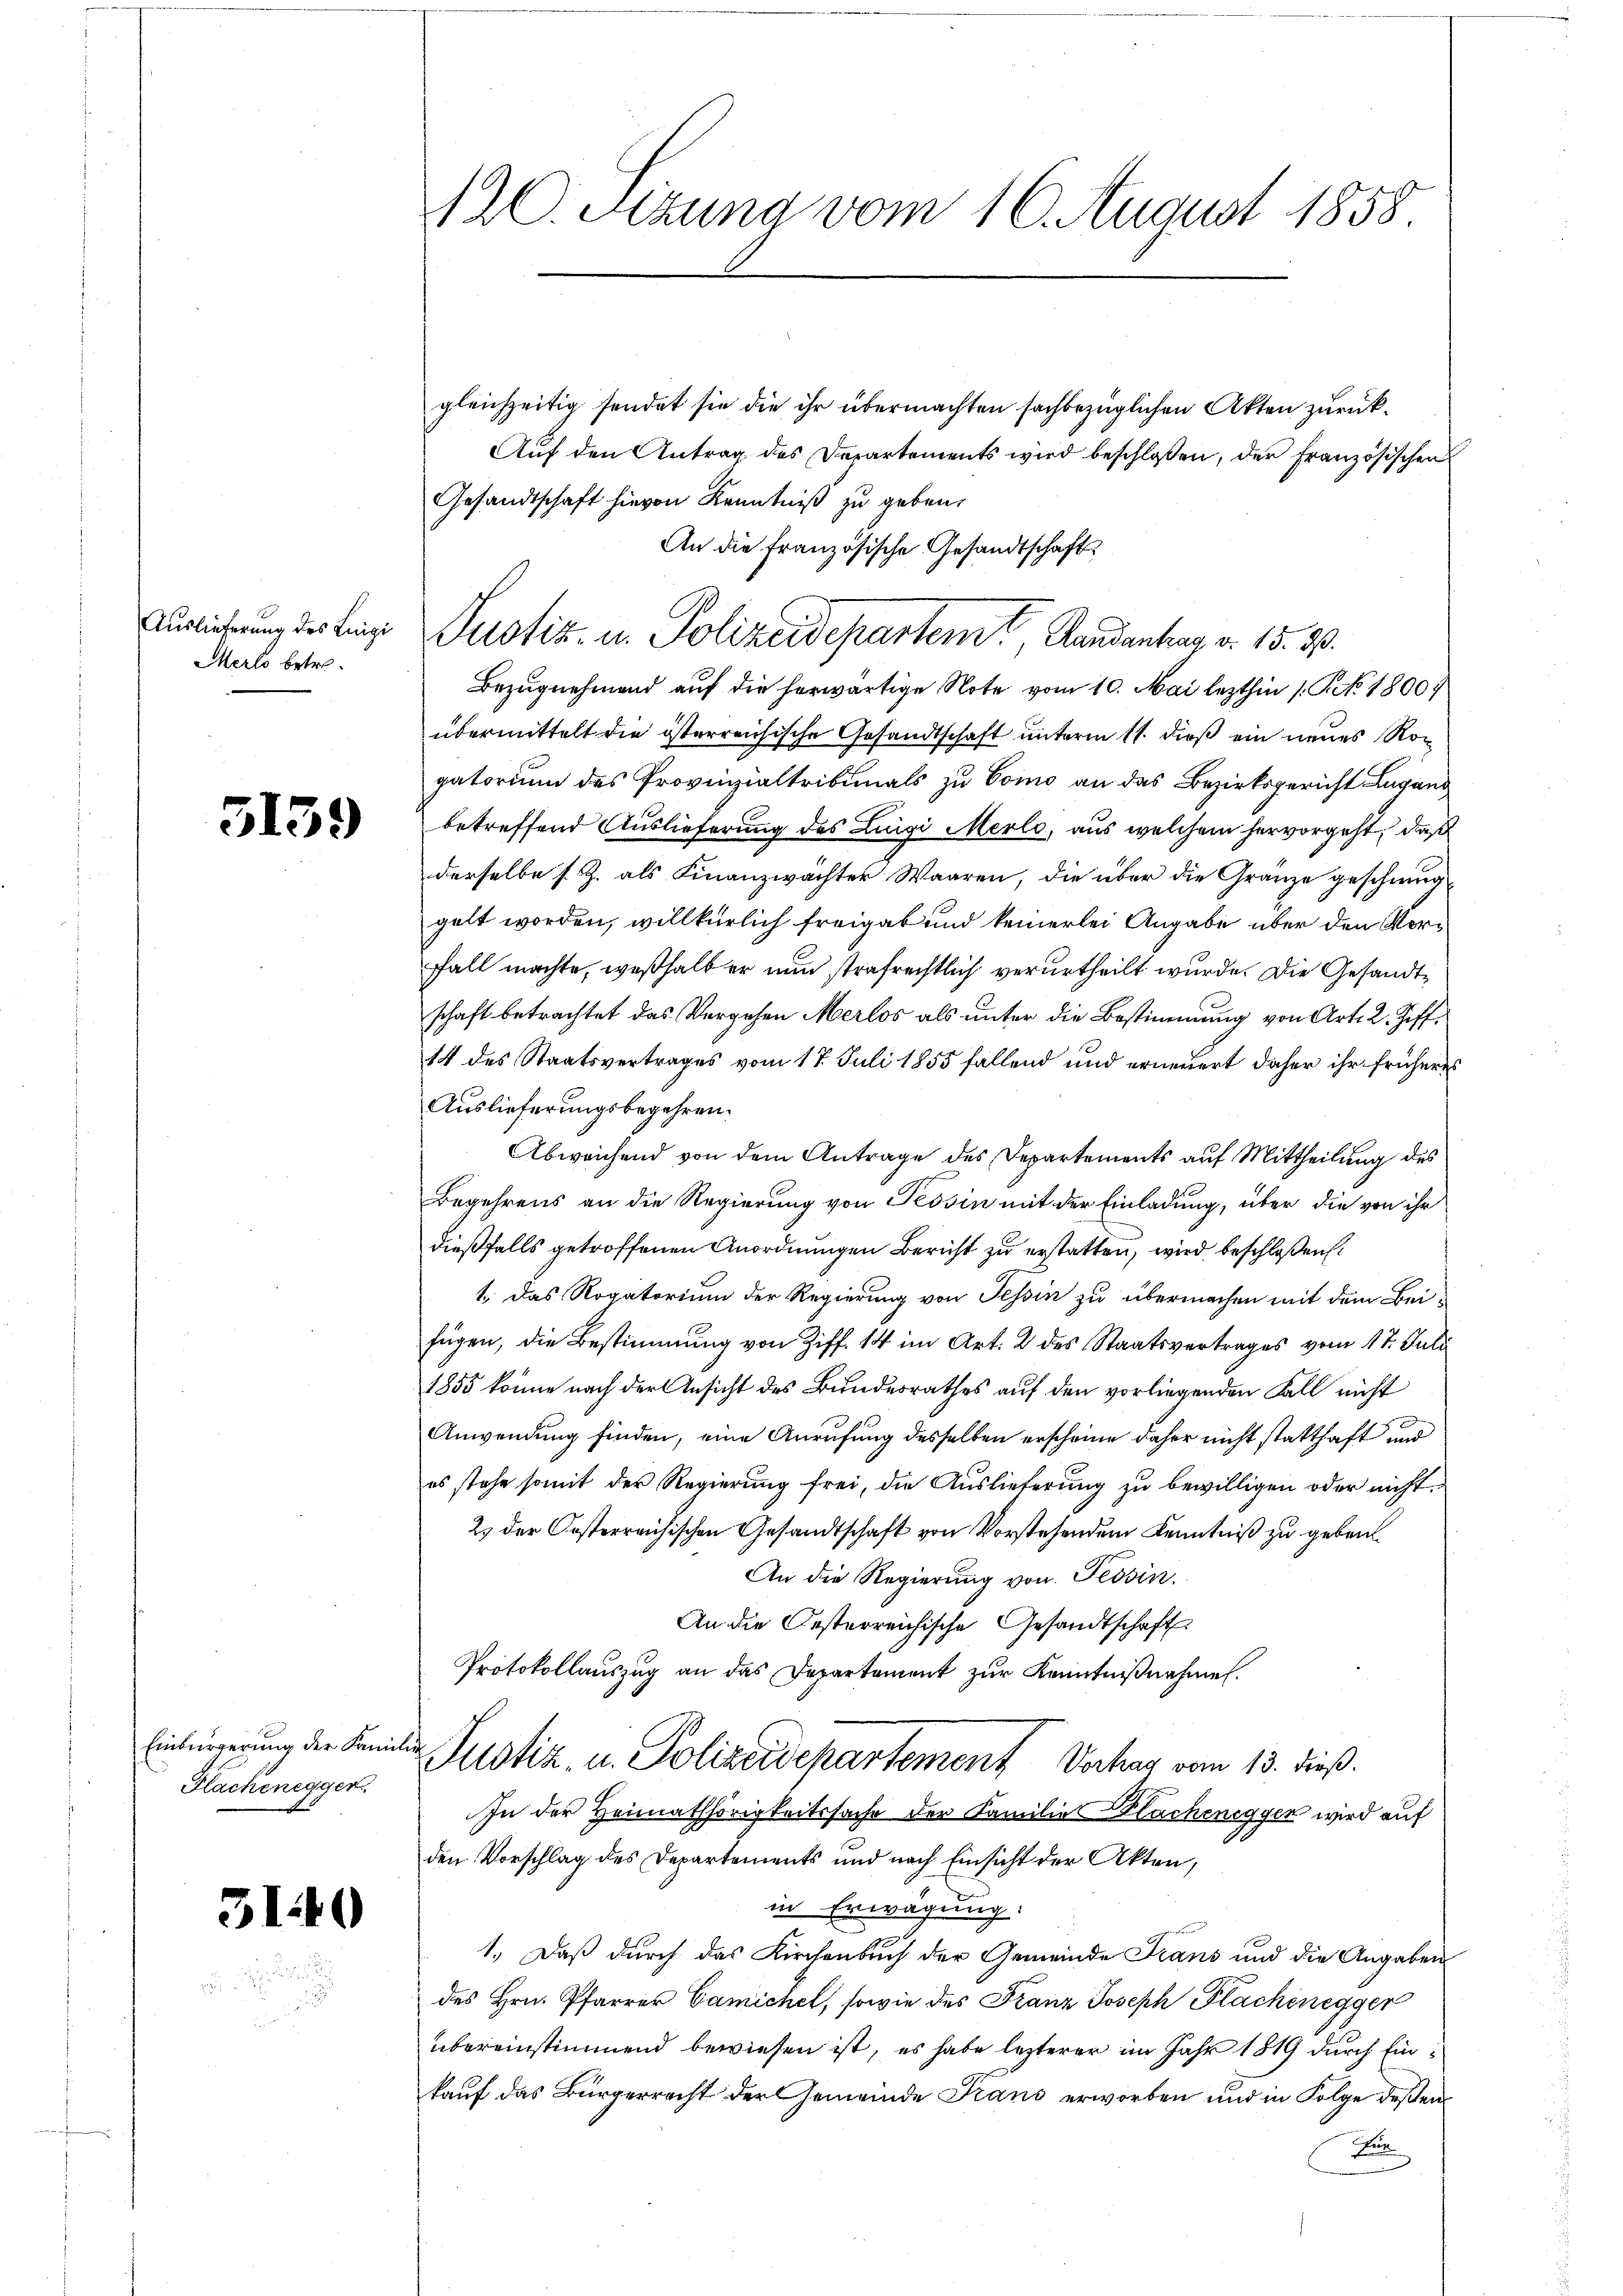
Merlo betre¬

3139

Einbürgerung der Kami
Flachenegger

3149

AC. Sitzung vom 16. August 1858

gleichzeitig sendet sie die ihr übermachten sachbezüglichen Akten zurück¬
Aŭf den Antrag des Departements wird beschlossen, der französischen
Gesandtschaft hievon Kenntniß zu geben.
An die französische Gesandtschaft
Bezugnehmend auf die herwärtige Note vom 10. Mai lezthin 1. No 1800
übermittelt die österreichische Gesandtschaft unterm 11. dieß ein neues Roc
gatorium des Provinzialtribunals zu Como an das Bezirksgericht Lugand
betreffend Auslieferung des Luigi Merle, aus welchem hervorgeht, daß
derselbe s. Z. als Finanzwachter Waaren, die über die Gränze geschmuggelt worden, willkürlich freigab und keinerlei Angabe über den Vorfall machte, weßhalb er nun strafrechtlich verurtheilt wurde. Die Gesandtschaft betrachtet das Vergehen Merlos als unter die Bestimmung von Art. 2. Ziff¬
14 des Staatsvertrages vom 17. Juli 1855 fallend und erneuert daher ihr früheres
Auslieferungsbegehren.
Abweichend von dem Antrage des Departements auf Mittheilung des
Begehrens an die Regierung von Tessin mit der Einladung, über die von ihr
dießfalls getroffenen Anordnungen Bericht zu erstatten, wird beschloßen:
1. Das Rogatorium der Regierung von Tessin zu übermachen mit dem Beifügen, die Bestimmung von Ziff. 14 im Art. 2 des Staatsvertrages vom 17. Juli
1855 könne nach der Ansicht des Bundesrathes auf den vorliegenden Fall nicht
Anwendung finden, eine Anrufung desselben erscheine daher nicht statthaft und
es stehe somit der Regierung frei, die Auslieferung zu bewilligen oder nicht.
2) der Oesterreichischen Gesandtschaft von Vorstehendem Kenntniß zu geben¬
An die Regierung von Tessin.
An die Oesterreichische Gesandtschaft
Protokollauszug an das Departament zur Kenntnißnahmen.
ilit
Justiz- u. Polizeidepartement Verhag vom 13. dieß.
In der Heimathörigkeitssache der Familie Sacheneggen wird auf
den Vorschlag des Departements und nach Einsicht der Akten,
in Erwägung:
1.) Daß durch das Kirchenbuch der Gemeinde Frans und die Angaben
des Hrn. Pfarrer Camichel, sowie des Franz Joseph Flachenegger
übereinstimmend bewiesen ist, es habe lezterer im Jahr 1819 durch Einkauf das Bürgerrecht der Gemeinde Trans erworben und in Folge deßen
Tun

Auslicherung des Ling Pustiz- u. Polizeidepartem Randantrag d. 15. 33.